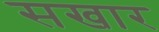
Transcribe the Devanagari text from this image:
सखार